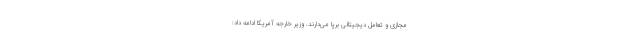
مجازی و تعامل دیجیتالی برپا می‌دارند. وزیر خارجه آمریکا ادامه داد: